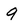
Character: q